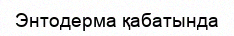
Энтодерма қабатында